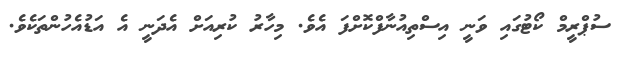
ސުޕްރީމް ކޯޓުގައި ވަނީ އިސްތިއުނާފްކޮށްފަ އެވެ. މިހާރު ކުރިއަށް އެދަނީ އެ އަޑުއެހުންތަކެވެ.